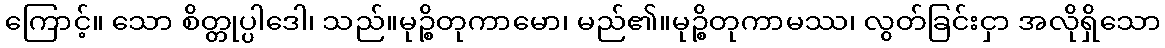
ကြောင့်။ သော စိတ္တုပ္ပါဒေါ၊ သည်။မုဉ္စိတုကာမော၊ မည်၏။မုဉ္စိတုကာမဿ၊ လွတ်ခြင်းငှာ အလိုရှိသော